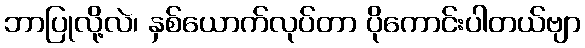
ဘာပြုလို့လဲ၊ နှစ်ယောက်လုပ်တာ ပိုကောင်းပါတယ်ဗျာ